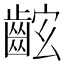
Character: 𪘋